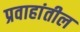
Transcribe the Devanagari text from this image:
प्रवाहांतील